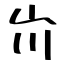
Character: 𡵅